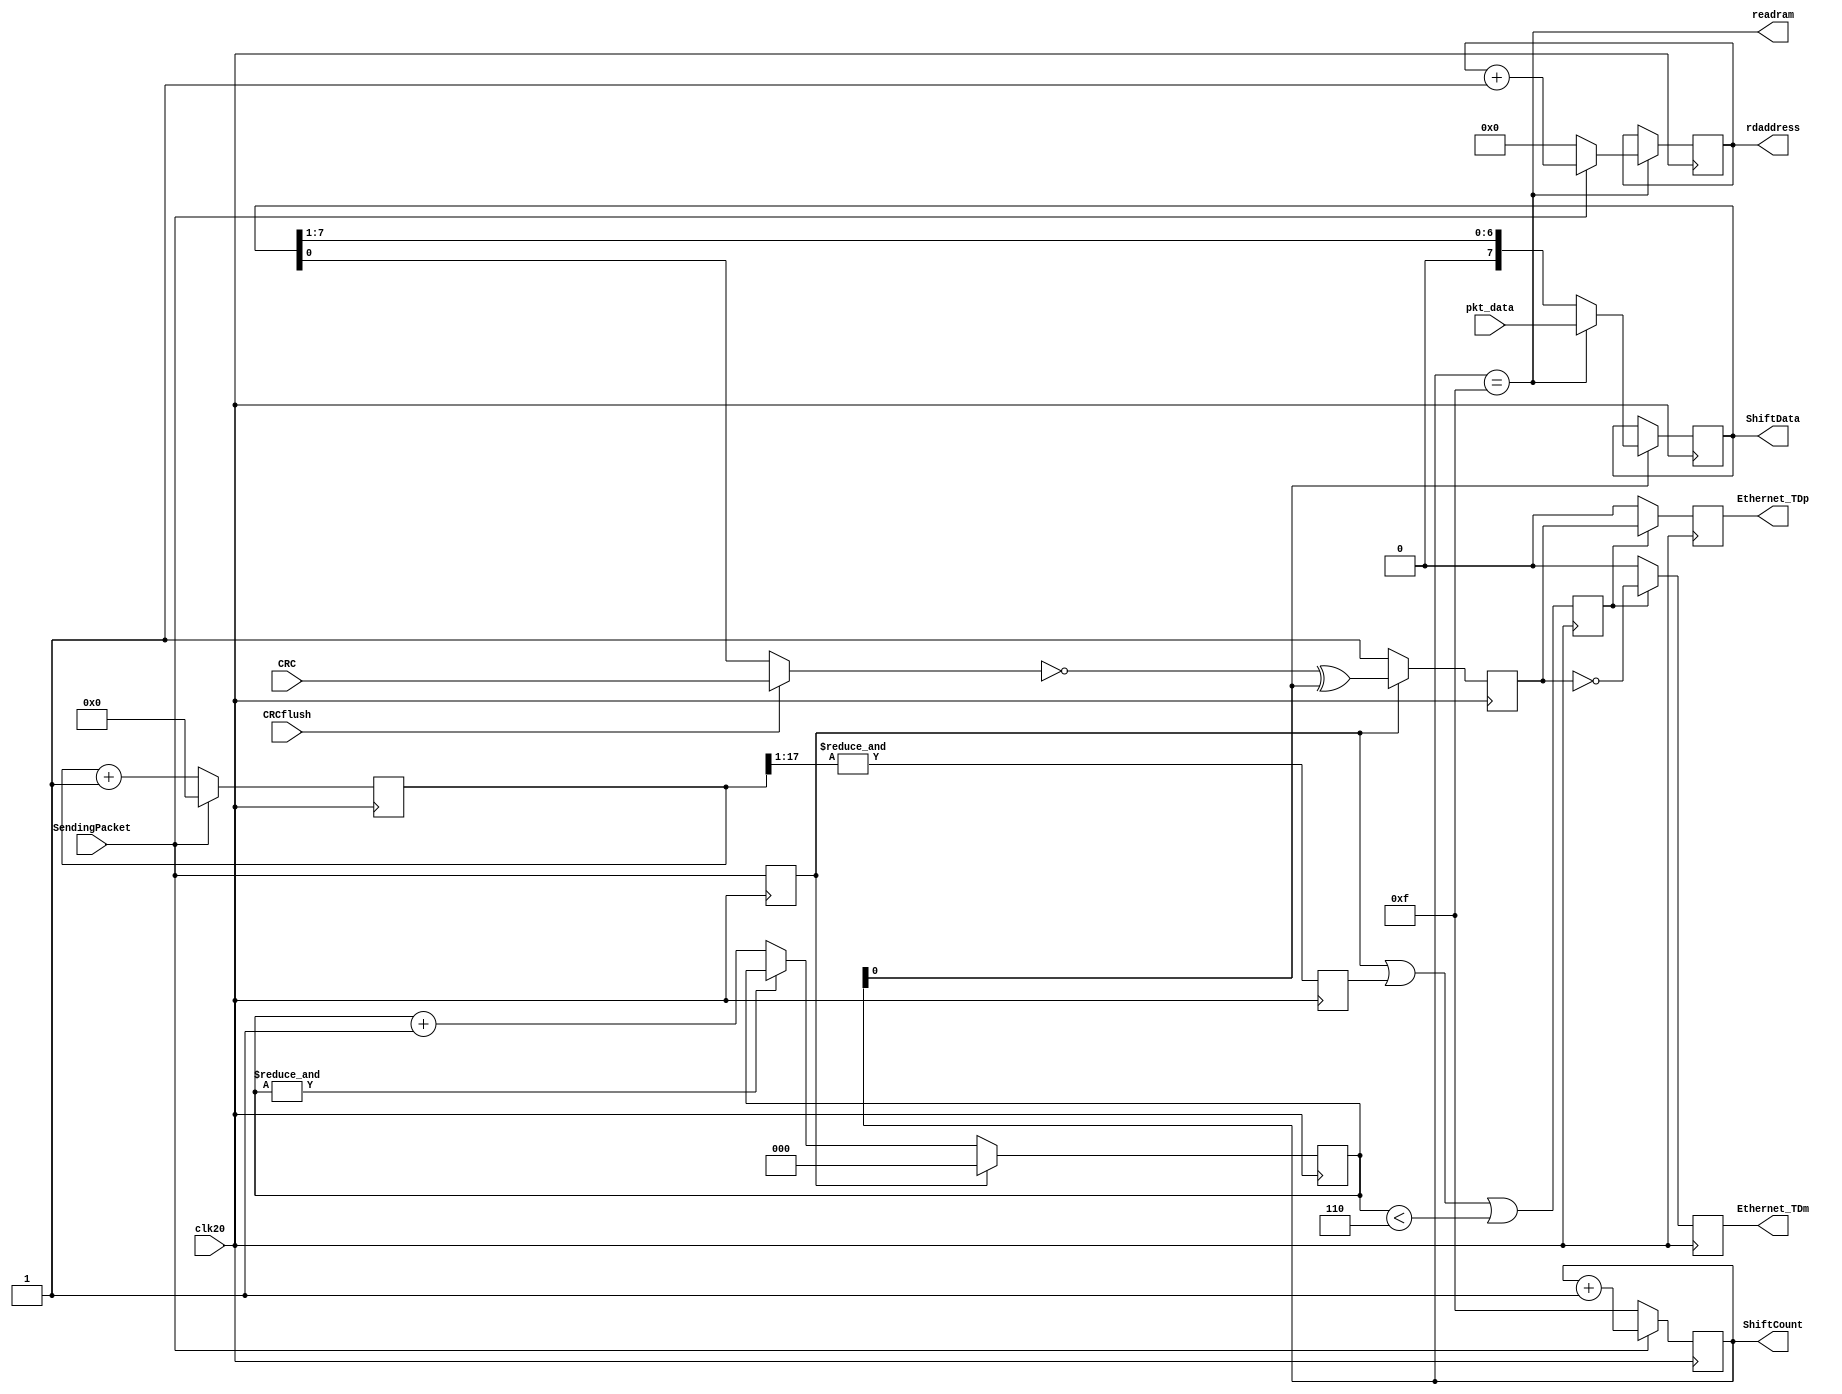
`timescale 1ns / 1ps
// 10BASE-T transmit interface (based on fpga4fun.com version)
module TENBASET_TxD(clk20, 
	SendingPacket, pkt_data, rdaddress, ShiftData, ShiftCount, CRCflush, CRC, readram,
	Ethernet_TDp, Ethernet_TDm);

input clk20;	// a 20MHz clock (this code won't work with a different frequency)
input [7:0] pkt_data;
output [10:0] rdaddress;
input SendingPacket;
output [7:0] ShiftData;
output [3:0] ShiftCount;
input CRCflush;
input CRC;
output readram;
output Ethernet_TDp, Ethernet_TDm;	// the two differential 10BASE-T outputs


reg [10:0] rdaddress = 0;
reg [3:0] ShiftCount = 0;
wire readram = (ShiftCount == 15);
reg [7:0] ShiftData = 8'b0;
reg [17:0] LinkPulseCount = 0; 
reg LinkPulse = 0; 
reg SendingPacketData = 0; 
reg [2:0] idlecount = 0; 
reg qo = 0; 
reg qoe = 0; 
reg Ethernet_TDp = 0; 
reg Ethernet_TDm = 0; 


//////////////////////////////////////////////////////////////////////
// 10BASE-T's magic

always @(posedge clk20) begin
	ShiftCount <= SendingPacket ? ShiftCount + 1 : 15;
	if (ShiftCount == 15) 
		rdaddress <= SendingPacket ? rdaddress + 1 : 0;
	if (ShiftCount[0]) 
		ShiftData <= readram ? pkt_data : {1'b0, ShiftData[7:1]};
end

// generate the NLP
always @(posedge clk20) begin
	LinkPulseCount <= SendingPacket ? 0 : LinkPulseCount + 1;
	LinkPulse <= &LinkPulseCount[17:1];
end

wire dataout = CRCflush ? CRC : ShiftData[0];

// TP_IDL, shift-register and manchester encoder
always @(posedge clk20) begin
	SendingPacketData <= SendingPacket;
	if (SendingPacketData) 
		idlecount <= 0; 
	else if (~&idlecount) 
		idlecount <= idlecount + 1;
	qo <= SendingPacketData ? ~dataout ^ ShiftCount[0] : 1;
	qoe <= SendingPacketData | LinkPulse | (idlecount < 6);
	Ethernet_TDp <= (qoe ? qo : 1'b0);
	Ethernet_TDm <= (qoe ? ~qo : 1'b0);
end

endmodule